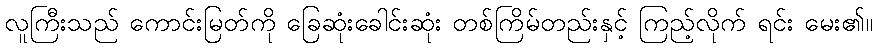
လူကြီးသည် ကောင်းမြတ်ကို ခြေဆုံးခေါင်းဆုံး တစ်ကြိမ်တည်းနှင့် ကြည့်လိုက် ရင်း မေး၏။